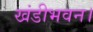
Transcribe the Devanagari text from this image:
खंडीभवन।